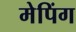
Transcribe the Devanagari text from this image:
मेपिंग